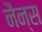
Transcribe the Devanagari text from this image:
नैन्स